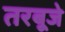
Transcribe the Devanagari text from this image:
तरबूजे